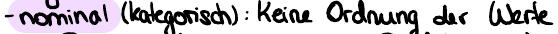
- nominal (kategorisch): Keine Ordnung der Werte